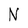
Character: N